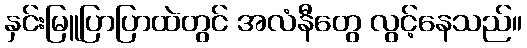
နှင်းမြူပြာပြာထဲတွင် အလံနီတွေ လွင့်နေသည်။